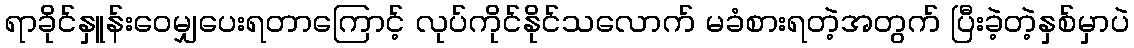
ရာခိုင်နှူန်းဝေမျှပေးရတာကြောင့် လုပ်ကိုင်နိုင်သလောက် မခံစားရတဲ့အတွက် ပြီးခဲ့တဲ့နှစ်မှာပဲ